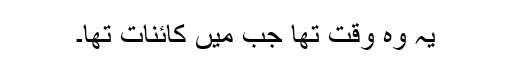
یہ وہ وقت تھا جب میں کائنات تھا۔